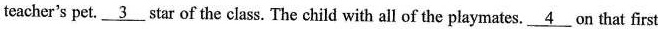
teacher's pet.\underline{3}star of the class. The child with all of the playmates.\underline{4}on that first